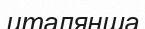
италянша